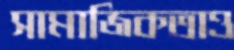
সামাজিকতাও